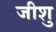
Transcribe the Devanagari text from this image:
जीशु